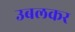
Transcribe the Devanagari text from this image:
उबलकर